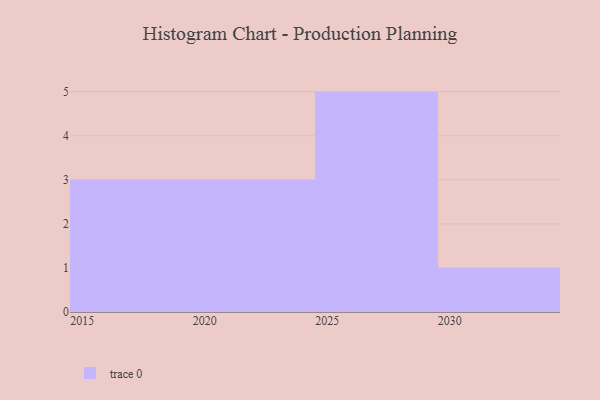
{"axis": {"x": "Year", "y": "Demand Index"}, "legend": [""], "data": [{"x": "2027", "y": 58, "type": ""}, {"x": "2017", "y": 20, "type": ""}, {"x": "2016", "y": 60, "type": ""}, {"x": "2025", "y": 98, "type": ""}, {"x": "2030", "y": 3, "type": ""}, {"x": "2018", "y": 91, "type": ""}, {"x": "2023", "y": 9, "type": ""}, {"x": "2024", "y": 99, "type": ""}, {"x": "2028", "y": 30, "type": ""}, {"x": "2021", "y": 58, "type": ""}, {"x": "2026", "y": 9, "type": ""}, {"x": "2029", "y": 3, "type": ""}]}